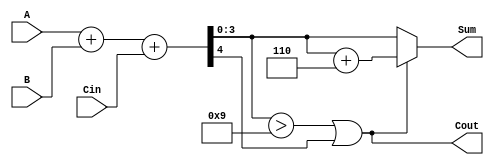
module BCD_Hybrid_Adder (
    input  wire [3:0] A,      // First BCD digit
    input  wire [3:0] B,      // Second BCD digit
    input  wire Cin,          // Carry input
    output wire [3:0] Sum,    // BCD sum output
    output wire Cout          // Carry output
);

    wire [4:0] binary_sum;    // 5-bit to capture carry from binary addition
    wire [4:0] corrected_sum;  // 5-bit for potential correction
    wire correction_needed;     // Flag for correction

    // Binary addition of A, B, and Cin
    assign binary_sum = A + B + Cin;

    // Determine if correction is needed
    assign correction_needed = (binary_sum[3:0] > 4'd9) || binary_sum[4];

    // Calculate the corrected sum
    assign corrected_sum = binary_sum + 5'd6;

    // Final sum is either the binary sum or the corrected sum based on the condition
    assign Sum = correction_needed ? corrected_sum[3:0] : binary_sum[3:0];

    // Carry out is set if correction is needed
    assign Cout = correction_needed;

endmodule